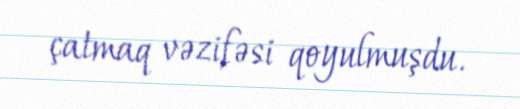
çatmaq vəzifəsi qoyulmuşdu.